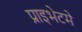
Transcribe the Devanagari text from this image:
प्राइभेटमे